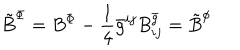
{ \tilde { B } } ^ { \Phi } = { B } ^ { \Phi } - \frac { 1 } { 4 } { \bar { g } } ^ { i j } B _ { i j } ^ { \bar { g } } = { \tilde { B } } ^ { \phi }